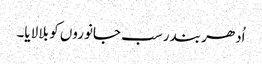
اُدھر بندر سب جانوروں کو بلا لایا۔